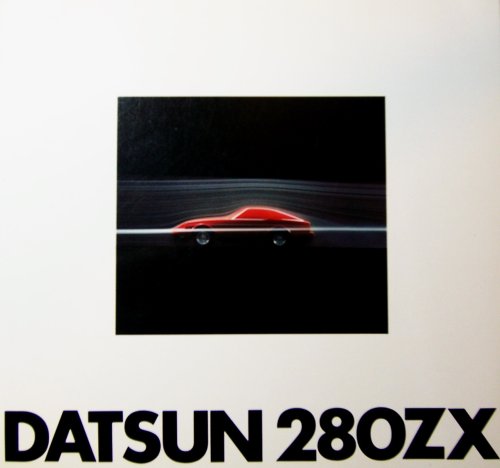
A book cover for Datsun 280ZX; Nissan Motor Corp.; Engineering & Transportation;